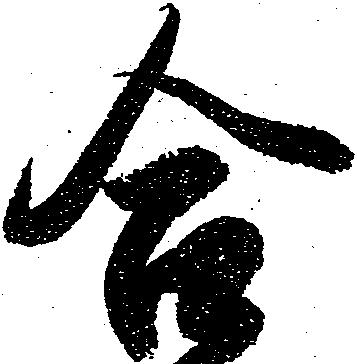
合